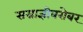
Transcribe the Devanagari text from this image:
सम्राज्ञीबरोबर